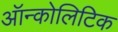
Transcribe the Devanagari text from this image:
ऑन्कोलिटिक